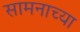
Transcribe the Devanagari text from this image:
सामनाच्या